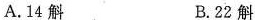
A.14斛 B.22斛